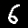
Digit: 6